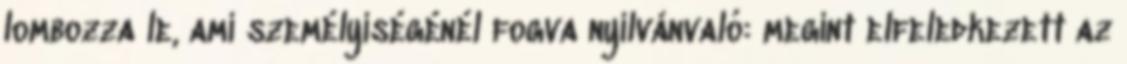
lombozza le, ami személyiségénél fogva nyilvánvaló: megint elfeledkezett az